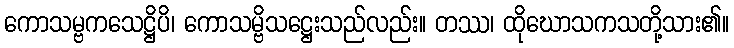
ကောသမ္ဗကသေဋ္ဌိပိ၊ ကောသမ္ဗိသဋ္ဌေးသည်လည်း။ တဿ၊ ထိုဃောသကသတို့သား၏။